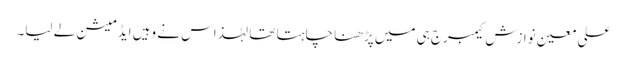
علی معین نوازش کیمبرج ہی میں پڑھنا چاہتا تھا لہٰذاس نے وہیں ایڈمیشن لے لیا۔